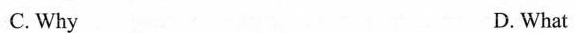
C. Why D. What